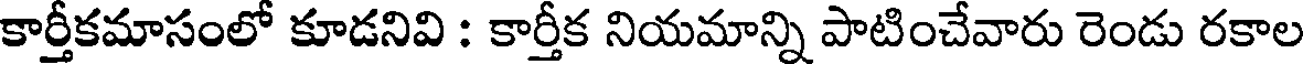
కార్తీకమాసంలో కూడనివి : కార్తీక నియమాన్ని పాటించేవారు రెండు రకాల